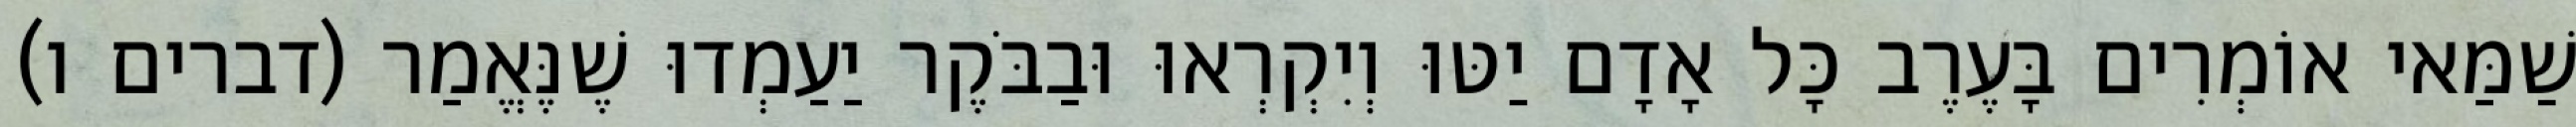
שַׁמַּאי אוֹמְרִים בָּעֶרֶב כָּל אָדָם יַטּוּ וְיִקְרְאוּ וּבַבֹּקֶר יַעַמְדוּ שֶׁנֶּאֱמַר (דברים ו)